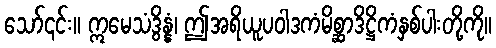
သော်၎င်း။ ဣမေသံဒွိန္နံ၊ ဤအရိယူပဝါဒကံမိစ္ဆာဒိဋ္ဌိကံနှစ်ပါးတို့ကို။